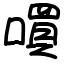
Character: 嘪